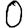
Digit: 0